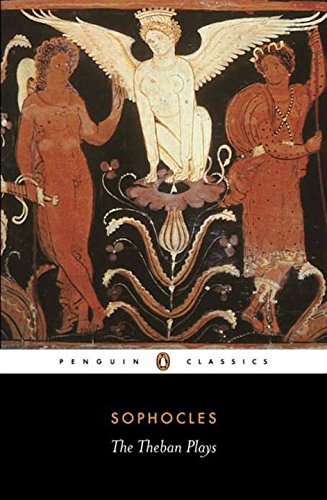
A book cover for The Theban Plays: King Oedipus; Oedipus at Colonus; Antigone (Penguin Classics); Sophocles; Literature & Fiction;